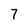
Character: 7